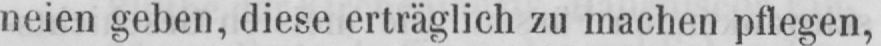
neien gehen, diese erträglich zu machen pflegen,